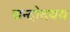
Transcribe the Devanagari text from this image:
चन्दोदयय